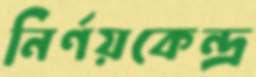
নির্ণয়কেন্দ্র